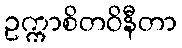
ဥက္ကာစိတဝိနီတာ